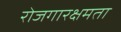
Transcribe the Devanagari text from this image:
रोजगारक्षमता